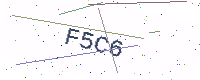
Text: F5C6